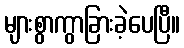
များစွာကွာခြားခဲ့ပေပြီ။